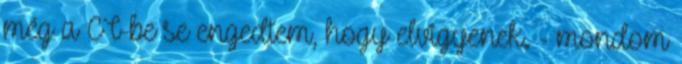
még a CT-be se engedtem, hogy elvigyenek. - mondom